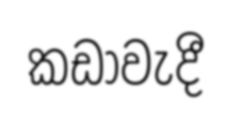
කඩාවැදී